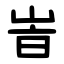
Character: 峕